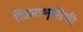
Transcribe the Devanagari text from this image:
ख्रिस्तभूमीची